Vaccine operations Central Provinces & Berar 1922-1929 - 1922-1929
Year: 1922
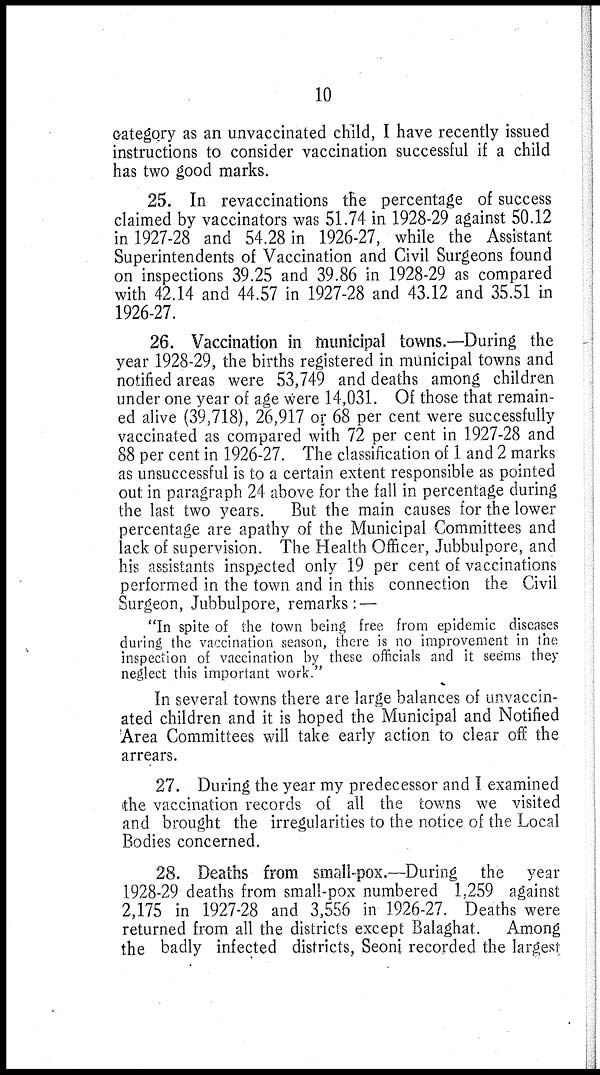
10
category as an unvaccinated child, I have recently issued
instructions to consider vaccination successful if a child
has two good marks.
25. In revaccinations the percentage of success
claimed by vaccinators was 51.74 in 1928-29 against 50.12
in 1927-28 and 54.28 in 1926-27, while the Assistant
Superintendents of Vaccination and Civil Surgeons found
on inspections 39.25 and 39.86 in 1928-29 as compared
with 42.14 and 44.57 in 1927-28 and 43.12 and 35.51 in
1926-27.
26. Vaccination in municipal towns.—During the
year 1928-29, the births registered in municipal towns and
notified areas were 53,749 and deaths among children
under one year of age were 14,031. Of those that remain-
ed alive (39,718), 26,917 or 68 per cent were successfully
vaccinated as compared with 72 per cent in 1927-28 and
88 per cent in 1926-27. The classification of 1 and 2 marks
as unsuccessful is to a certain extent responsible as pointed
out in paragraph 24 above for the fall in percentage during
the last two years. But the main causes for the lower
percentage are apathy of the Municipal Committees and
lack of supervision. The Health Officer, Jubbulpore, and
his assistants inspected only 19 per cent of vaccinations
performed in the town and in this connection the Civil
Surgeon, Jubbulpore, remarks: —
"In spite of the town being free from epidemic diseases
during the vaccination season, there is no improvement in the
inspection of vaccination by these officials and it seems they
neglect this important work."
In several towns there are large balances of unvaccin-
ated children and it is hoped the Municipal and Notified
Area Committees will take early action to clear off the
arrears.
27. During the year my predecessor and I examined
the vaccination records of all the towns we visited
and brought the irregularities to the notice of the Local
Bodies concerned.
28. Deaths from small-pox.—During the year
1928-29 deaths from small-pox numbered 1,259 against
2,175 in 1927-28 and 3,556 in 1926-27. Deaths were
returned from all the districts except Balaghat. Among
the badly infected districts, Seoni recorded the largest